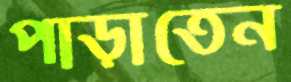
পাড়াতেন